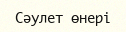
Сәулет өнері